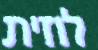
לוזית